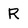
Character: R